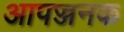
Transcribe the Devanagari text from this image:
आपज्जनक